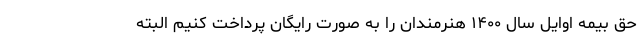
حق بیمه اوایل سال ۱۴۰۰ هنرمندان را به صورت رایگان پرداخت کنیم البته